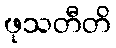
ဖုသတီတိ